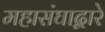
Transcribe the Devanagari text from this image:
महासंघाद्वारे